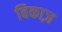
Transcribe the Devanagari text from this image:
बिकाज़